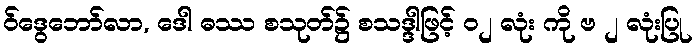
ဝ်ဒွေဘော်လာ, ဒေါ ဓဿ စသုတ်၌ စသဒ္ဒါဖြင့် ၀၂ လုံး ကို ဗ ၂ လုံးပြု